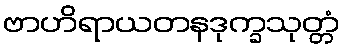
ဗာဟိရာယတနဒုက္ခသုတ္တံ